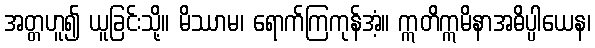
အတ္တဟူ၍ ယူခြင်းသို့။ မိဿာမ၊ ရောက်ကြကုန်အံ့။ ဣတိဣမိနာအဓိပ္ပါယေန၊